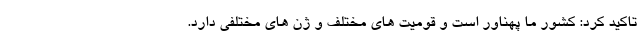
تاکید کرد: کشور ما پهناور است و قومیت های مختلف و ژن های مختلفی دارد.